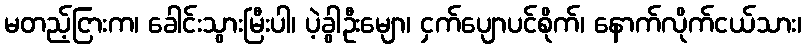
မတည့်ငြားက၊ ခေါင်းသွားမြီးပါ၊ ပဲ့ခွါဦးမျော၊ ငှက်ပျောပင်စိုက်၊ နောက်လိုက်ငယ်သား၊